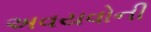
અવયવોની